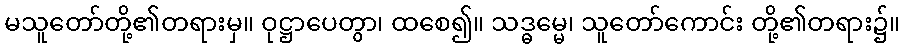
မသူတော်တို့၏တရားမှ။ ဝုဋ္ဌာပေတွာ၊ ထစေ၍။ သဒ္ဓမ္မေ၊ သူတော်ကောင်း တို့၏တရား၌။